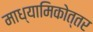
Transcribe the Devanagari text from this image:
माध्यामिकोत्तर